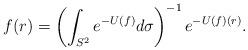
LaTeX: \begin{align*} f (r) = \left( \int_{S^2} e^{- U (f)} d \sigma \right)^{- 1} e^{- U (f) (r)} .\end{align*}